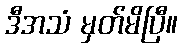
ဒီအသံ မှတ်မိပြီ။